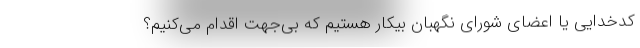
کدخدایی یا اعضای شورای نگهبان بیکار هستیم که بی‌جهت اقدام می‌کنیم؟